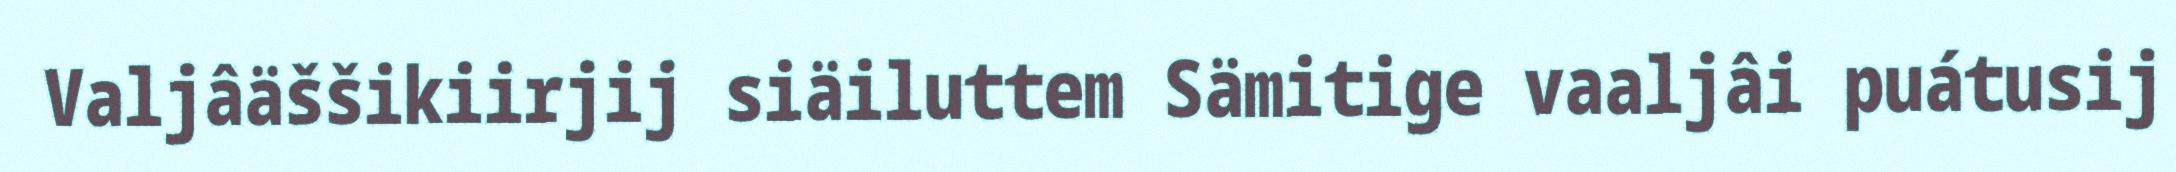
Valjâäššikiirjij siäiluttem Sämitige vaaljâi puátusij